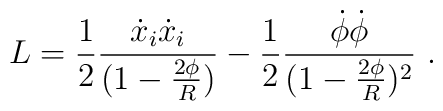
L ={1\over 2}{\dot{x}_i\dot{x}_i\over (1-{2\phi\over R}) }-{1\over 2} {\dot{\phi}\dot{\phi}\over (1-{2\phi\over R})^2}\,\,.